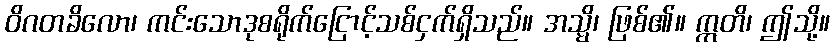
ဝိဂတခိလော၊ ကင်းသောဒုစရိုက်ငြောင့်သစ်ငှက်ရှိသည်။ အသ္မိ၊ ဖြစ်၏။ ဣတိ၊ ဤသို့။